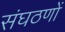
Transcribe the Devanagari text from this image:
संघठणों